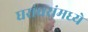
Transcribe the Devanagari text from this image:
घरांघरांमध्ये